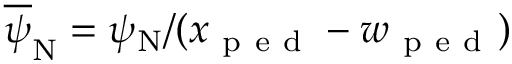
\overline { { \psi } } _ { \mathrm { N } } = \psi _ { \mathrm { N } } / ( x _ { \mathrm { ~ p ~ e ~ d ~ } } - w _ { \mathrm { ~ p ~ e ~ d ~ } } )